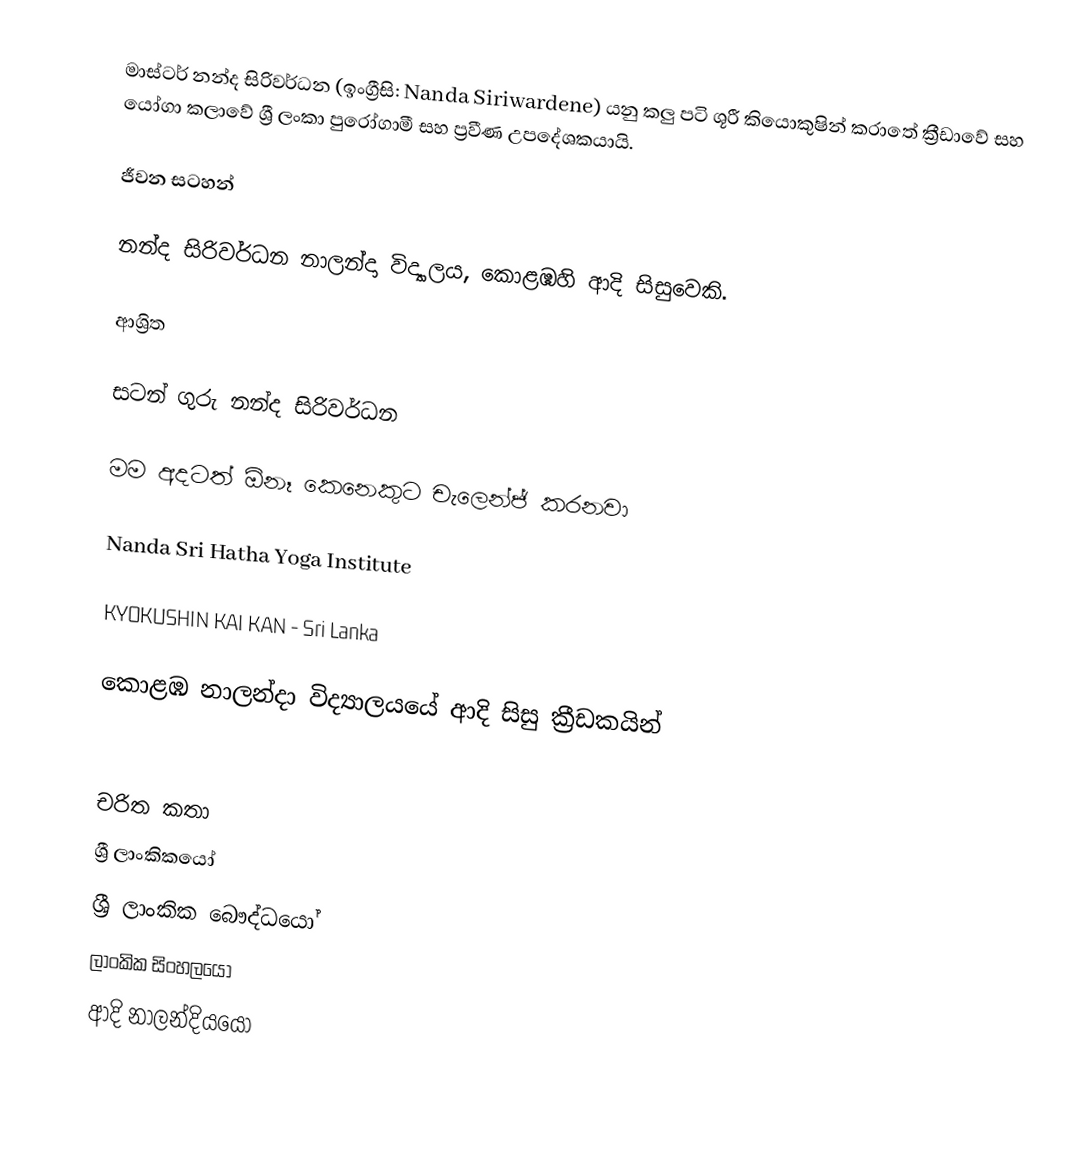
මාස්ටර් නන්ද සිරිවර්ධන (ඉංග්‍රීසි: Nanda Siriwardene) යනු කලු පටි ශූරී කියොකුෂින් කරාතේ ක්‍රීඩාවේ සහ යෝගා කලාවේ ශ්‍රී ලංකා පුරෝගාමී සහ ප්‍රවීණ උපදේශකයායි.

ජීවන සටහන්

නන්ද සිරිවර්ධන  නාලන්දා විද්‍යාලය, කොළඹහි ආදි සිසුවෙකි.

ආශ්‍රිත

 සටන් ගුරු නන්ද සිරිවර්ධන

 මම අදටත් ඕනෑ කෙනෙකුට චැලෙන්ජ් කරනවා

 Nanda Sri Hatha Yoga Institute

 KYOKUSHIN KAI KAN - Sri Lanka

කොළඹ නාලන්දා විද්‍යාලයයේ ආදි සිසු ක්‍රීඩකයින්

චරිත කතා
ශ්‍රී ලාංකිකයෝ
ශ්‍රී ලාංකික බෞද්ධයෝ
ලාංකික සිංහලයෝ
ආදි නාලන්දියයෝ